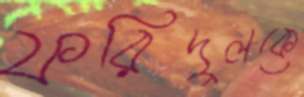
ফরিদুলকে